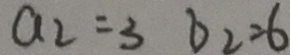
a _ { 2 } = 3 b _ { 2 } = 6